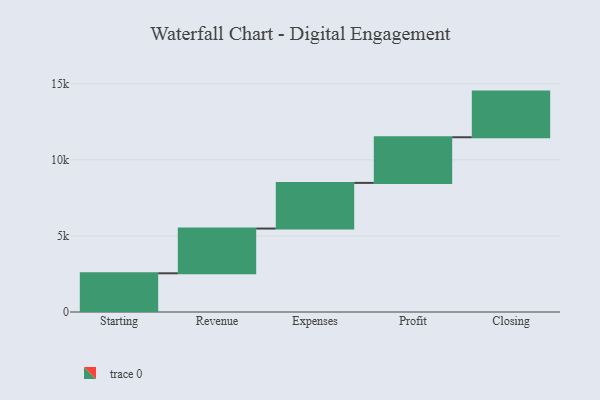
{"axis": {"x": "Step", "y": "Value"}, "legend": [""], "data": [{"x": "Starting", "y": 2543.0, "type": ""}, {"x": "Revenue", "y": 2941.0, "type": ""}, {"x": "Expenses", "y": 3000, "type": ""}, {"x": "Profit", "y": 3000, "type": ""}, {"x": "Closing", "y": 3000, "type": ""}]}